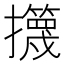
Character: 𱡎